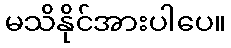
မသိနိုင်အားပါပေ။